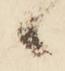
候